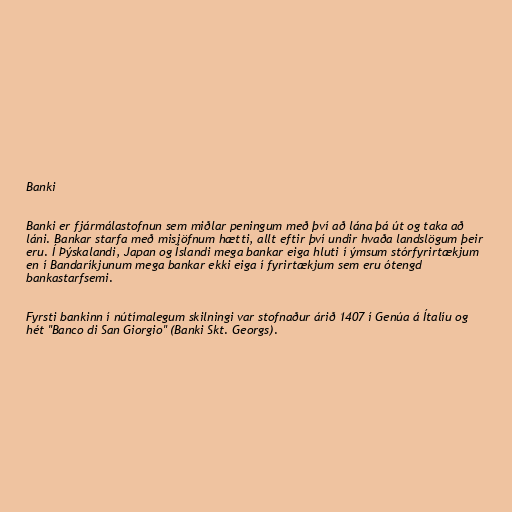
Banki

Banki er fjármálastofnun sem miðlar peningum með því að lána þá út og taka að
láni. Bankar starfa með misjöfnum hætti, allt eftir því undir hvaða landslögum þeir
eru. Í Þýskalandi, Japan og Íslandi mega bankar eiga hluti í ýmsum stórfyrirtækjum
en í Bandaríkjunum mega bankar ekki eiga í fyrirtækjum sem eru ótengd
bankastarfsemi.

Fyrsti bankinn í nútímalegum skilningi var stofnaður árið 1407 í Genúa á Ítalíu og
hét "Banco di San Giorgio" (Banki Skt. Georgs).